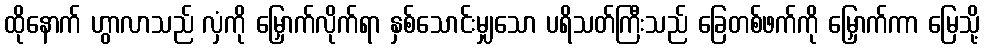
ထိုနောက် ဟွာလာသည် လှံကို မြှောက်လိုက်ရာ နှစ်သောင်းမျှသော ပရိသတ်ကြီးသည် ခြေတစ်ဖက်ကို မြှောက်ကာ မြေသို့